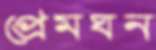
প্রেমঘন